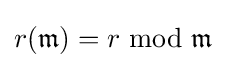
r({\mathfrak {m}})=r\ \mathrm {mod} \ {\mathfrak {m}}